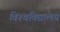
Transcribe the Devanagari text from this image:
विश्‍वविद्यालय